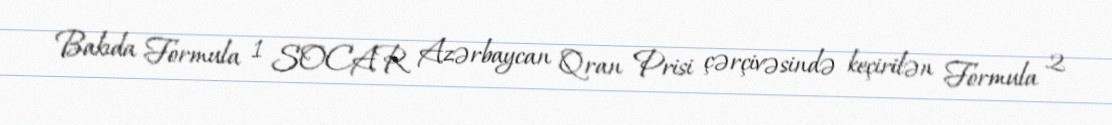
Bakıda Formula 1 SOCAR Azərbaycan Qran Prisi çərçivəsində keçirilən Formula 2